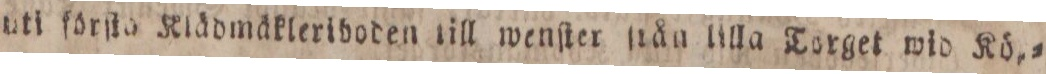
uti förſta Klädmäkleriboden till wenſter ſtån tilla Torget wid Kö=